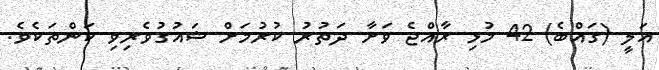
އަލީ (ގައްބެ) 42 މުޅި ރާއްޖެ ވަށާ ދަތުރު ކުރުމަށް ޝައުގުވެރިވި ކަންތަކެވެ.